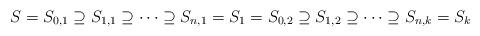
LaTeX: \begin{align*}S=S_{0,1}\supseteq S_{1,1}\supseteq \dots \supseteq S_{n,1}=S_1=S_{0,2}\supseteq S_{1,2}\supseteq \dots \supseteq S_{n,k}=S_k\end{align*}